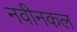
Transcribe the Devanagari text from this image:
नवीनकल